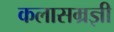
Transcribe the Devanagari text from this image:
कलासम्रज्ञी